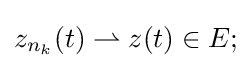
z_{n_{k}}(t)\rightharpoonup z(t)\in E;